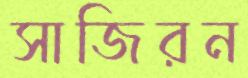
সাজিরন